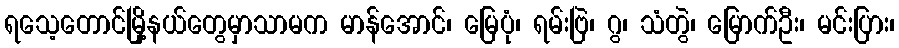
ရသေ့တောင်မြို့နယ်တွေမှာသာမက မာန်အောင်၊ မြေပုံ၊ ရမ်းဗြဲ၊ ဂွ၊ သံတွဲ၊ မြောက်ဦး၊ မင်းပြား၊